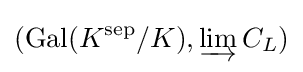
(\operatorname {Gal} (K^{\text{sep}}/K),\varinjlim C_{L})